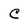
Character: C